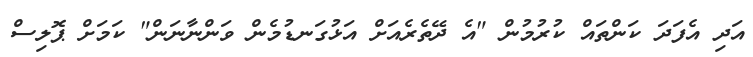
އަދި އެފަދަ ކަންތައް ކުރުމުން "އެ ދޭތެރެއަށް އަޅުގަނޑުމެން ވަންނާނަން" ކަމަށް ޕޮލިސް